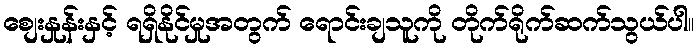
စျေးနှုန်းနှင့် ရရှိနိုင်မှုအတွက် ရောင်းချသူကို တိုက်ရိုက်ဆက်သွယ်ပါ။